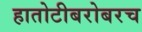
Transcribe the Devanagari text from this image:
हातोटीबरोबरच